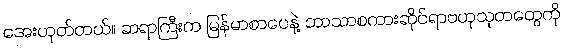
အေးဟုတ်တယ်။ ဆရာကြီးက မြန်မာစာပေနဲ့ ဘာသာစကားဆိုင်ရာဗဟုသုတတွေကို